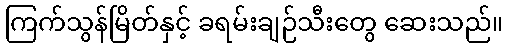
ကြက်သွန်မြိတ်နှင့် ခရမ်းချဉ်သီးတွေ ဆေးသည်။